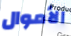
الأموال